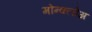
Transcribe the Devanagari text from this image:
मोन्क्लोअ